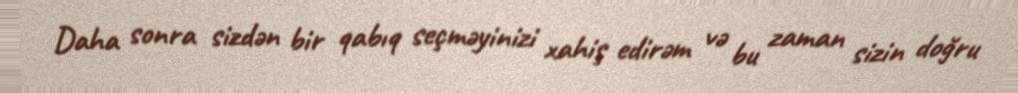
Daha sonra sizdən bir qabıq seçməyinizi xahiş edirəm və bu zaman sizin doğru